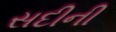
સદીની